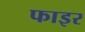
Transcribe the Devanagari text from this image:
फाइर